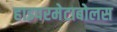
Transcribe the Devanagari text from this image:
हाइपरमेटाबोलस